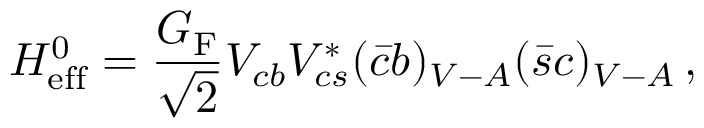
{ \cal H } _ { \mathrm { e f f } } ^ { 0 } = \frac { G _ { \mathrm { F } } } { \sqrt 2 } V _ { c b } V _ { c s } ^ { * } ( \bar { c } b ) _ { V - A } ( \bar { s } c ) _ { V - A } \, ,